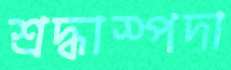
শ্রদ্ধাস্পদা